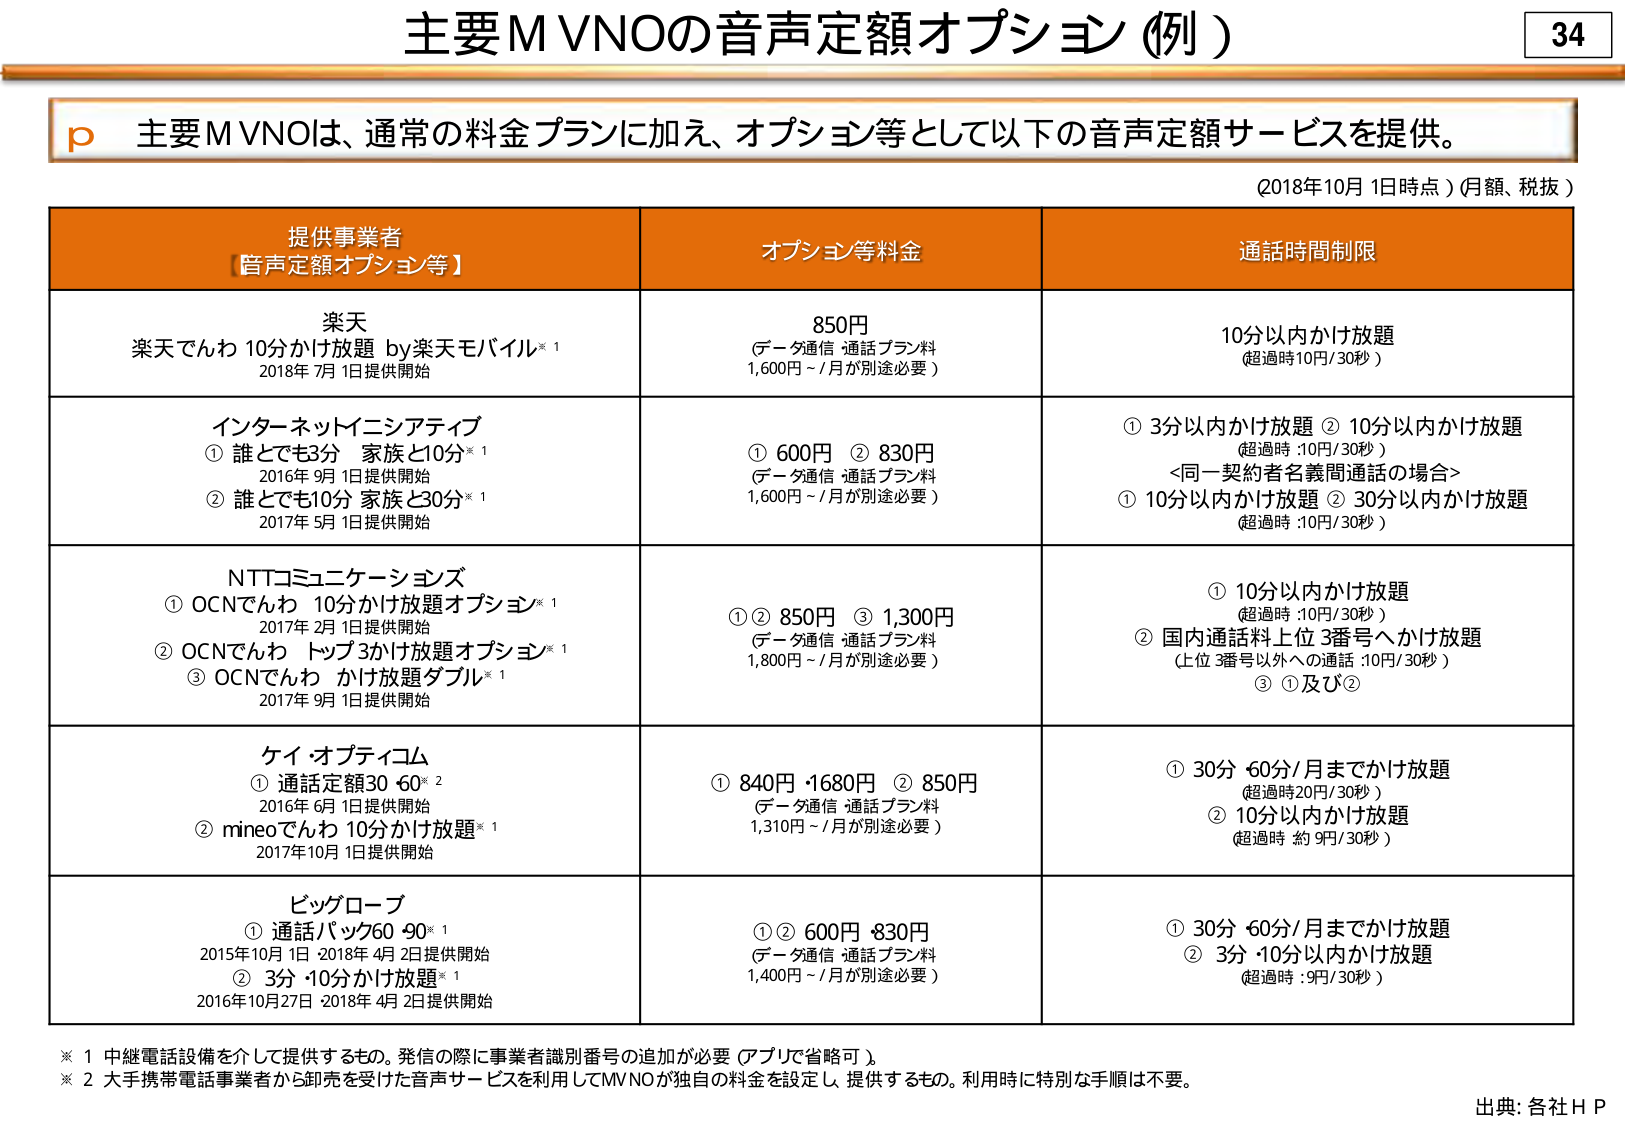
主要MVNOの音声定額オプション（例）

34

p 主要MVNOは、通常の料金プランに加え、オプション等として以下の音声定額サービスを提供。

（2018年10月1日時点）（月額、税抜）

提供事業者
【音声定額オプション等】
オプション等料金
通話時間制限

楽天
楽天でんわ 10分かけ放題 by楽天モバイル※1
2018年7月1日提供開始
850円
（データ通信・通話プラン料
1,600円～/月が別途必要）
10分以内かけ放題
（超過時10円/30秒）

インターネットニシアティブ
① 誰でも3分 家族と10分※1
2016年9月1日提供開始
② 誰でも10分 家族と30分※1
2017年5月1日提供開始
① 600円 ② 830円
（データ通信・通話プラン料
1,600円～/月が別途必要）
① 3分以内かけ放題 ② 10分以内かけ放題
（超過時：10円/30秒）
<同一契約者名義間通話の場合>
① 10分以内かけ放題 ② 30分以内かけ放題
（超過時：10円/30秒）

NTTコミュニケーションズ
① OCNでんわ 10分かけ放題オプション※1
2017年2月1日提供開始
② OCNでんわ トップ3かけ放題オプション※1
③ OCNでんわ かけ放題ダブル※1
2017年9月1日提供開始
①② 850円 ③ 1,300円
（データ通信・通話プラン料
1,800円～/月が別途必要）
① 10分以内かけ放題
（超過時：10円/30秒）
② 国内通話料上位3番号へかけ放題
（上位3番号以外への通話：10円/30秒）
③ ①及び②

ケイ・オプティコム
① 通話定額30・60※2
2016年6月1日提供開始
② mineoでんわ 10分かけ放題※1
2017年10月1日提供開始
① 840円・1680円 ② 850円
（データ通信・通話プラン料
1,310円～/月が別途必要）
① 30分・60分/月までかけ放題
（超過時20円/30秒）
② 10分以内かけ放題
（超過時 約9円/30秒）

ビッグローブ
① 通話パック60・90※1
2015年10月1日 2018年4月2日提供開始
② 3分・10分かけ放題※1
2016年10月27日 2018年4月2日提供開始
①② 600円・830円
（データ通信・通話プラン料
1,400円～/月が別途必要）
① 30分・60分/月までかけ放題
② 3分・10分以内かけ放題
（超過時：9円/30秒）

※1 中継電話設備を介して提供するもの。発信の際に事業者識別番号の追加が必要（アプリで省略可）。
※2 大手携帯電話事業者から卸売を受けた音声サービスを利用してMVNOが独自の料金を設定し、提供するもの。利用時に特別な手順は不要。

出典：各社ＨＰ